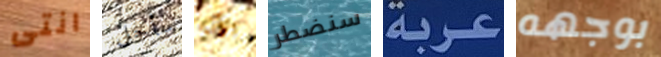
انتى سأحل الآن سنضطر عربة بوجهه